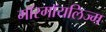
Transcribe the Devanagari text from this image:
गॉरगॉयलिज्म